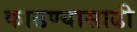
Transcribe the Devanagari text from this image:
काढण्यासाढी